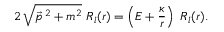
2 \, \sqrt { \vec { p } \, ^ { 2 } + m ^ { 2 } } \ R _ { l } ( r ) = \left( E + \frac { \kappa } { r } \right) \ R _ { l } ( r ) .